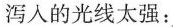
泻入的光线太强：